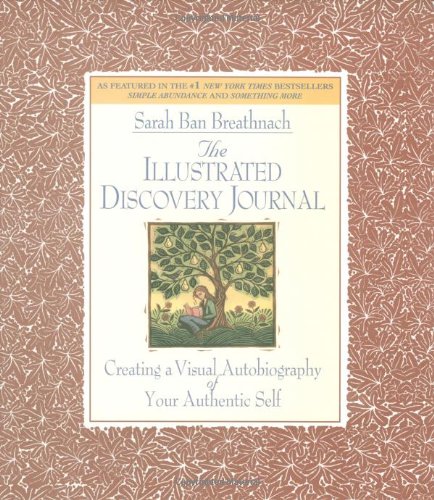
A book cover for The Illustrated Discovery Journal: Creating a Visual Autobiography of Your Authentic Self; Sarah Ban Breathnach; Self-Help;